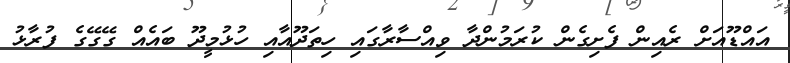
އައްޑޫއަށް ރެއިން ފެށިގެން ކުރަމުންދާ ވިއްސާރާގައި ހިތަދޫއާއި ހުޅުމީދޫ ބައެއް ގޭގޭގެ ފުރާޅު